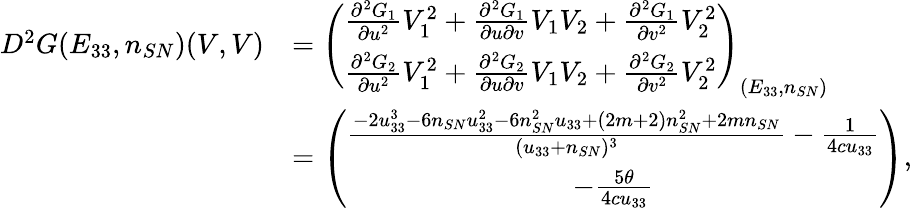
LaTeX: \begin{array}{rl}{D^{2}G(E_{33},n_{SN})(V,V)}&{=\left(\begin{array}{c}{\frac{{\partial}^{2}{G}_{1}}{\partial{u}^{2}}V_{1}^{2}+\frac{{\partial}^{2}{G}_{1}}{\partial{u}\partial{v}}V_{1}V_{2}+\frac{{\partial}^{2}{G}_{1}}{\partial{v}^{2}}V_{2}^{2}}\\ {\frac{{\partial}^{2}{G}_{2}}{\partial{u}^{2}}V_{1}^{2}+\frac{{\partial}^{2}{G}_{2}}{\partial{u}\partial{v}}V_{1}V_{2}+\frac{{\partial}^{2}{G}_{2}}{\partial{v}^{2}}V_{2}^{2}}\end{array}\right)_{(E_{33},n_{SN})}}\\ &{=\left(\begin{array}{c}{\frac{-2u_{33}^{3}-6n_{SN}u_{33}^{2}-6n_{SN}^{2}u_{33}+(2m+2)n_{SN}^{2}+2mn_{SN}}{(u_{33}+n_{SN})^{3}}-\frac{1}{4cu_{33}}}\\ {-\frac{5\theta}{4cu_{33}}}\end{array}\right),}\end{array}